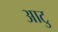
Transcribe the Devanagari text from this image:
आटु